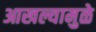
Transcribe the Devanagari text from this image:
आखल्यामुळे